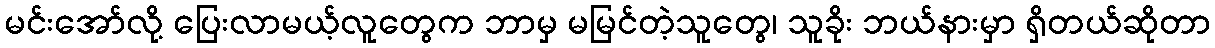
မင်းအော်လို့ ပြေးလာမယ့်လူတွေက ဘာမှ မမြင်တဲ့သူတွေ၊ သူခိုး ဘယ်နားမှာ ရှိတယ်ဆိုတာ